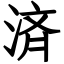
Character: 済